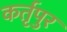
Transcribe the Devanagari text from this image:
कर्तृपुर